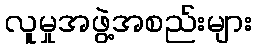
လူမှုအဖွဲ့အစည်းများ